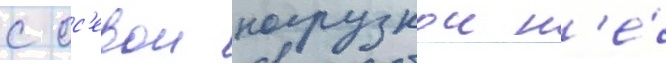
с ос'евои нагрузкои н'е́